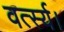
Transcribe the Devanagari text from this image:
वर्त्स्य।